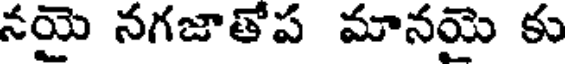
నయై నగజాతోప మానయై కు